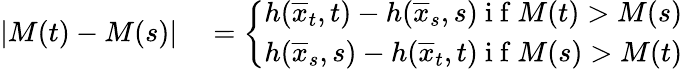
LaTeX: \begin{array}{rl}{\left|M(t)-M(s)\right|}&{{}=\left\{ \begin{array}{cc}{h(\overline{{x}}_{t},t)-h(\overline{{x}}_{s},s)\mathrm{~i~f~}M(t)>M(s)}\\ {h(\overline{{x}}_{s},s)-h(\overline{{x}}_{t},t)\mathrm{~i~f~}M(s)>M(t)}\end{array}\right.}\end{array}